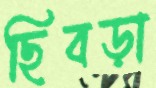
ছিবড়া